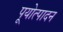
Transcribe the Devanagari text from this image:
पूयोत्पादन